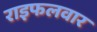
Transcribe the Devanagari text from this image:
राइफलवार